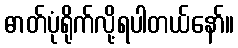
ဓာတ်ပုံရိုက်လို့ရပါတယ်နော်။